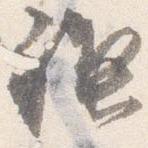
禊